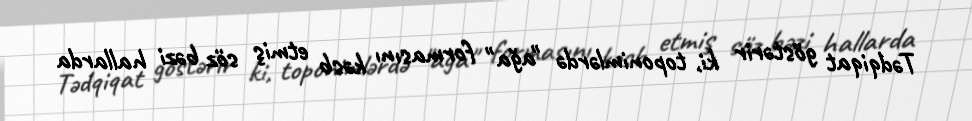
Tədqiqat göstərir ki, toponimlərdə "ağa" formasını kəsb etmiş söz bəzi hallarda